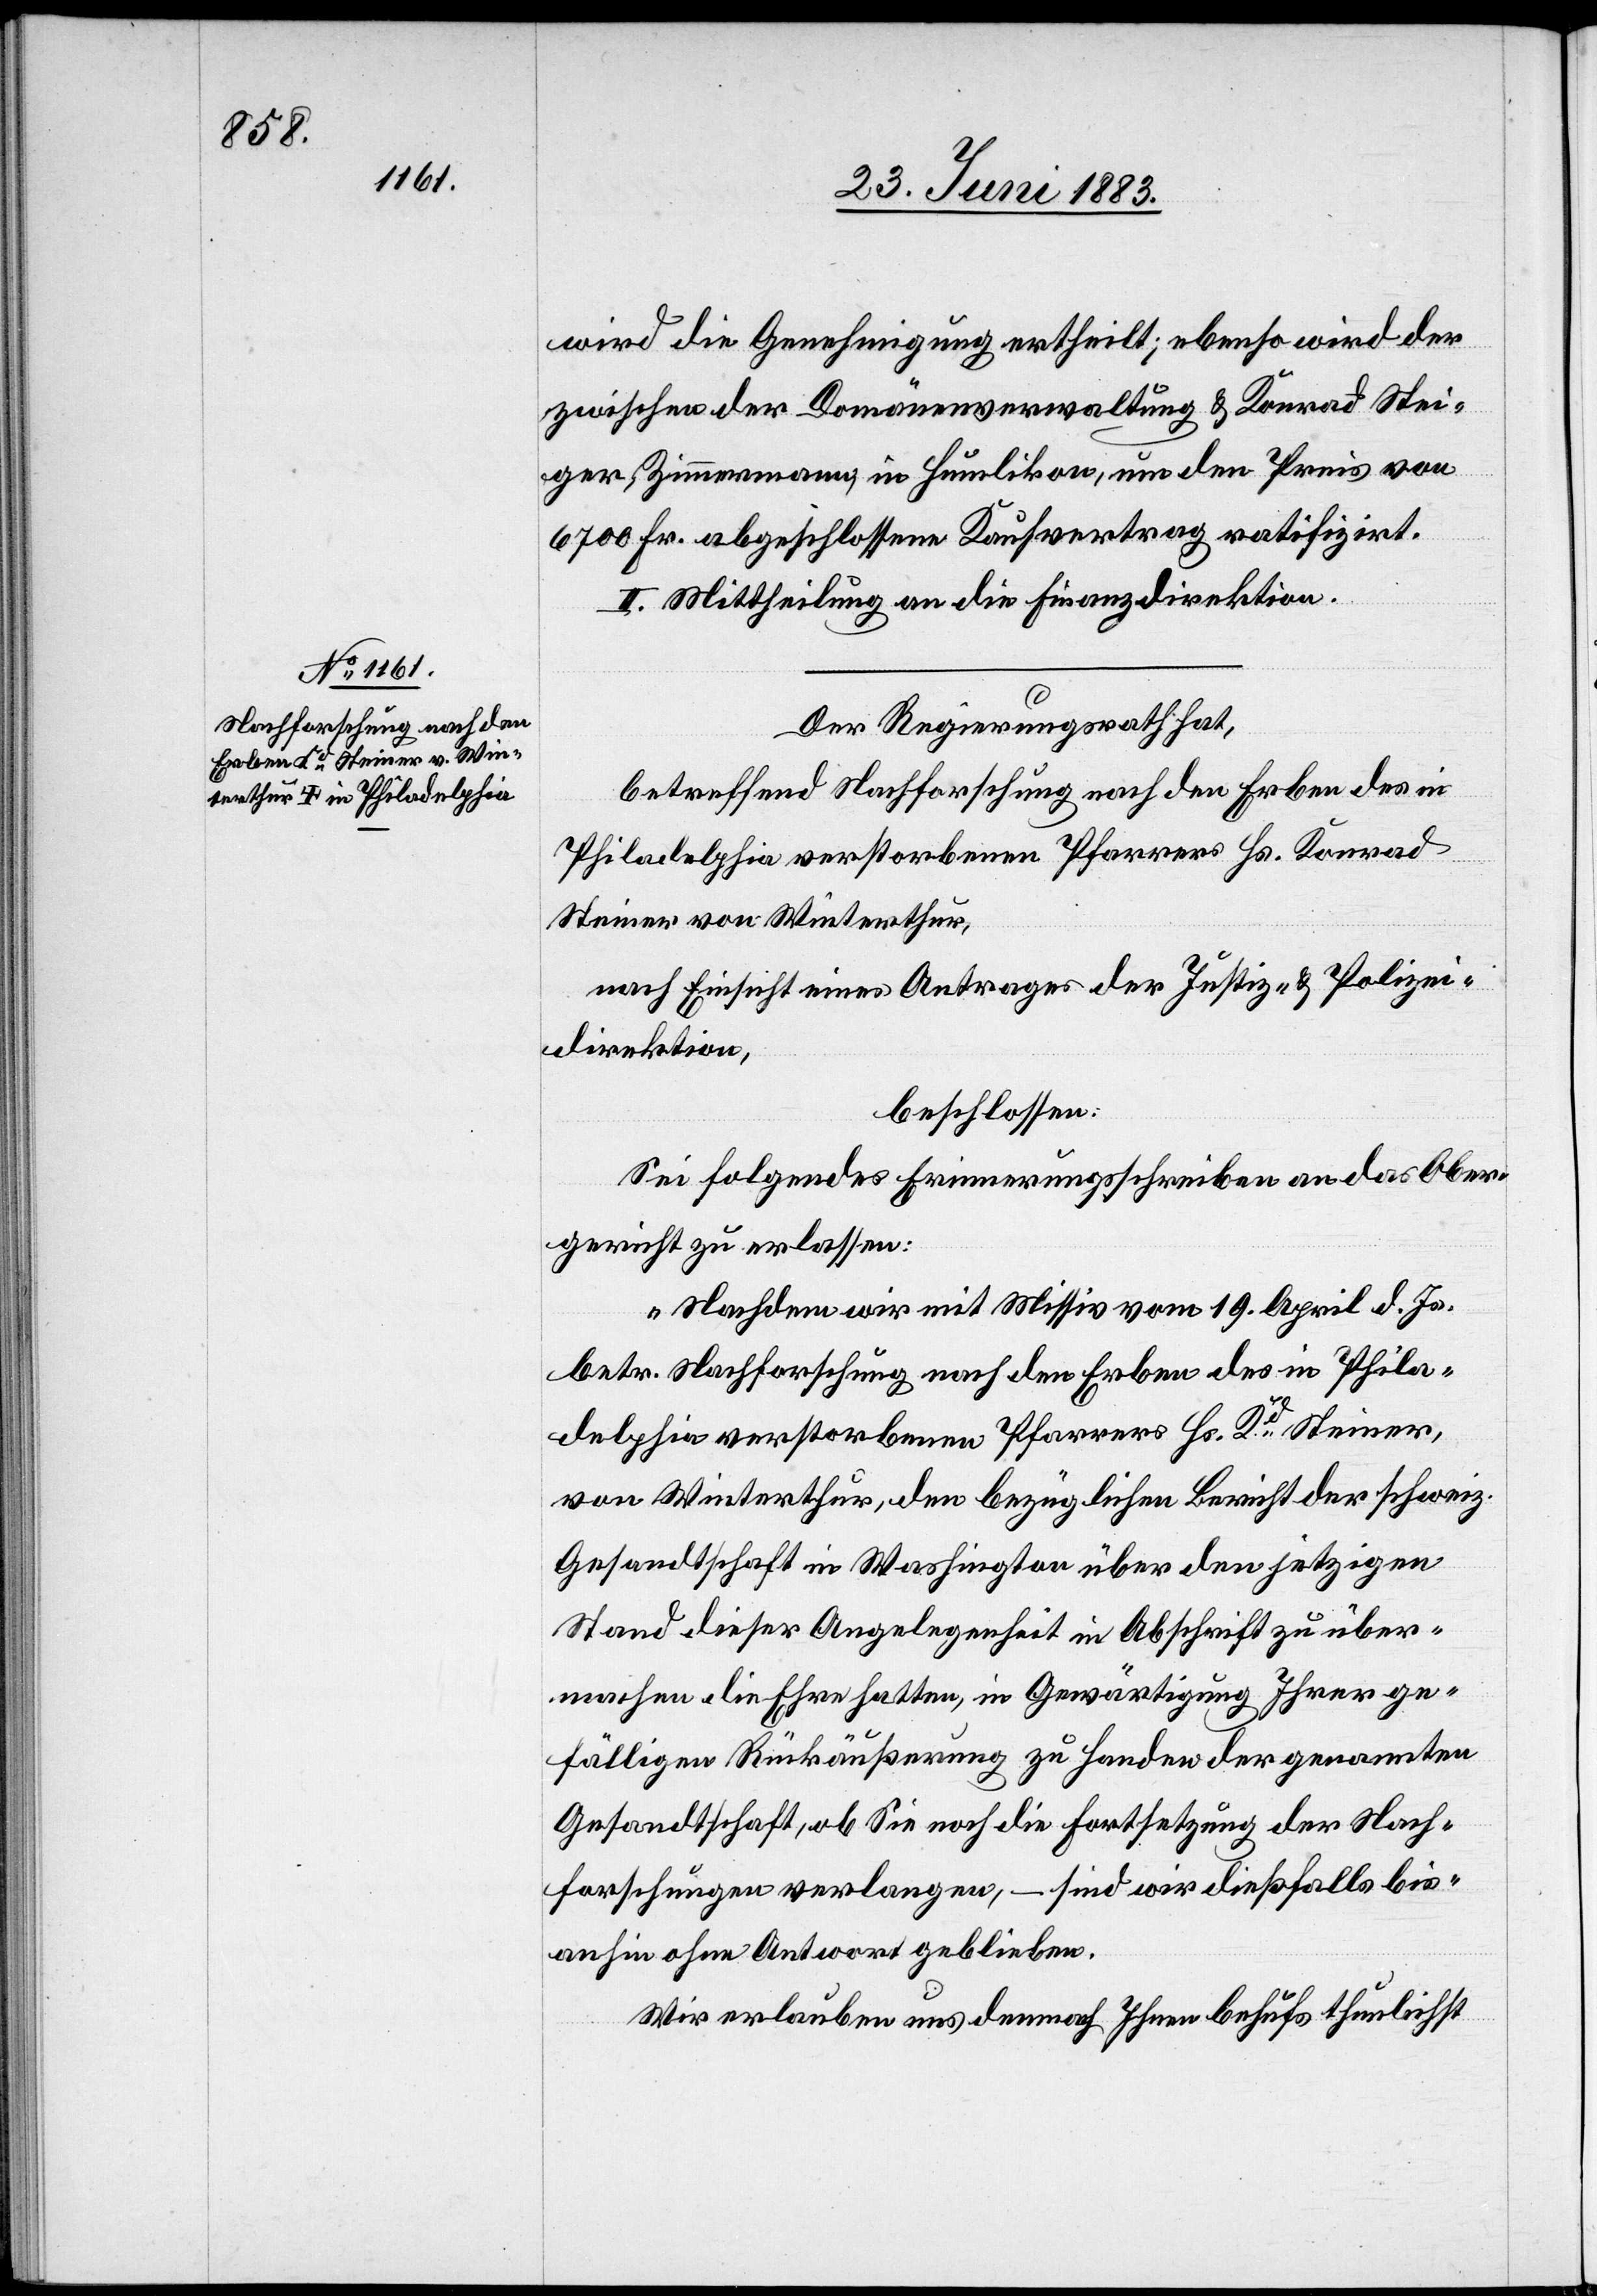
wird die Genehmigung ertheilt; ebenso wird der
zwischen der Domänenverwaltung & Konrad Stei¬
ger, Zimmermann, in Humlikon, um den Preis von
6700 Fr. abgeschlossenen Kaufvertrag ratifizirt.
II. Mittheilung an die Finanzdirektion.
Der Regierungsrath hat,
betreffend Nachforschung nach den Erben des in
Philadelphia verstorbenen Pfarrers Hs. Konrad
Steiner von Winterthur,
nach Einsicht eines Antrages der Justiz- & Polizei¬
direktion,
beschlossen:
Sei folgendes Erinnerungsschreiben an das Ober¬
gericht zu erlassen:
„Nachdem wir mit Missiv vom 19. April d. Js.
betr. Nachforschung nach den Erben des in Phila¬
delphia verstorbenen Pfarrers Hs. Kd Steiner,
von Winterthur, den bezüglichen Bericht der schweiz.
Gesandtschaft in Washington über den jetzigen
Stand dieser Angelegenheit in Abschrift zu über¬
machen die Ehre hatten, in Gewärtigung Ihrer ge¬
fälligen Rückäußerung zu Handen der genannten
Gesandtschaft, ob Sie noch die Fortsetzung der Nach¬
forschungen verlangen, – sind wir dießfalls bis
anhin ohne Antwort geblieben.
Wir erlauben uns demnach Ihnen behufs thunlichst